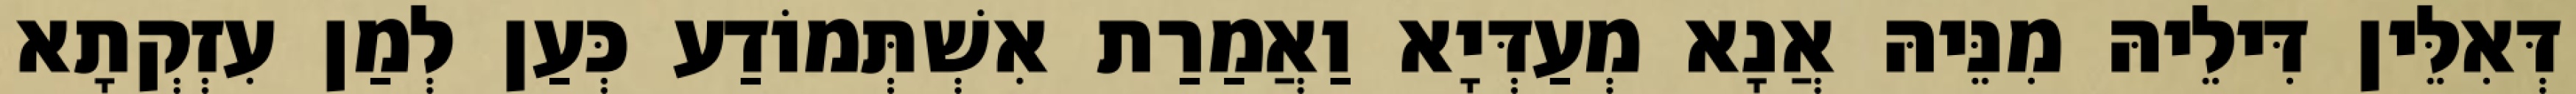
דְּאִלֵּין דִּילֵיהּ מִנֵּיהּ אֲנָא מְעַדְּיָא וַאֲמַרַת אִשְׁתְּמוֹדַע כְּעַן לְמַן עִזְקְתָא